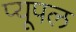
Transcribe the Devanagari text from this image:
प्यूपल